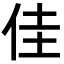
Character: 佳